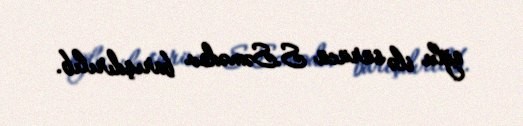
oğlu ilə sürücü S.Səmədov barışdırılıb.